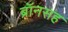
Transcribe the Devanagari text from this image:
ब्रॉनसह